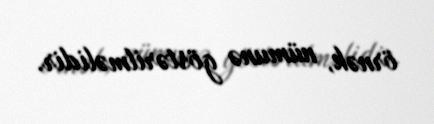
örnək, nümunə göstərilməlidir.